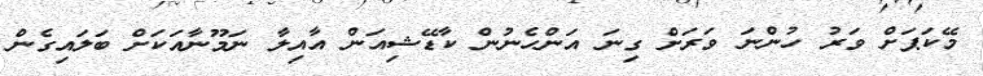
މޭކަޕަށް ވަރު ހުންނަ ވަރަށް ގިނަ އަންހެނުން ކާޑޭޝިއަން އާއިލާ ނަމޫނާއަކަށް ބަލައިގެން